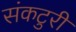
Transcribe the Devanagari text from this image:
संकटुरी